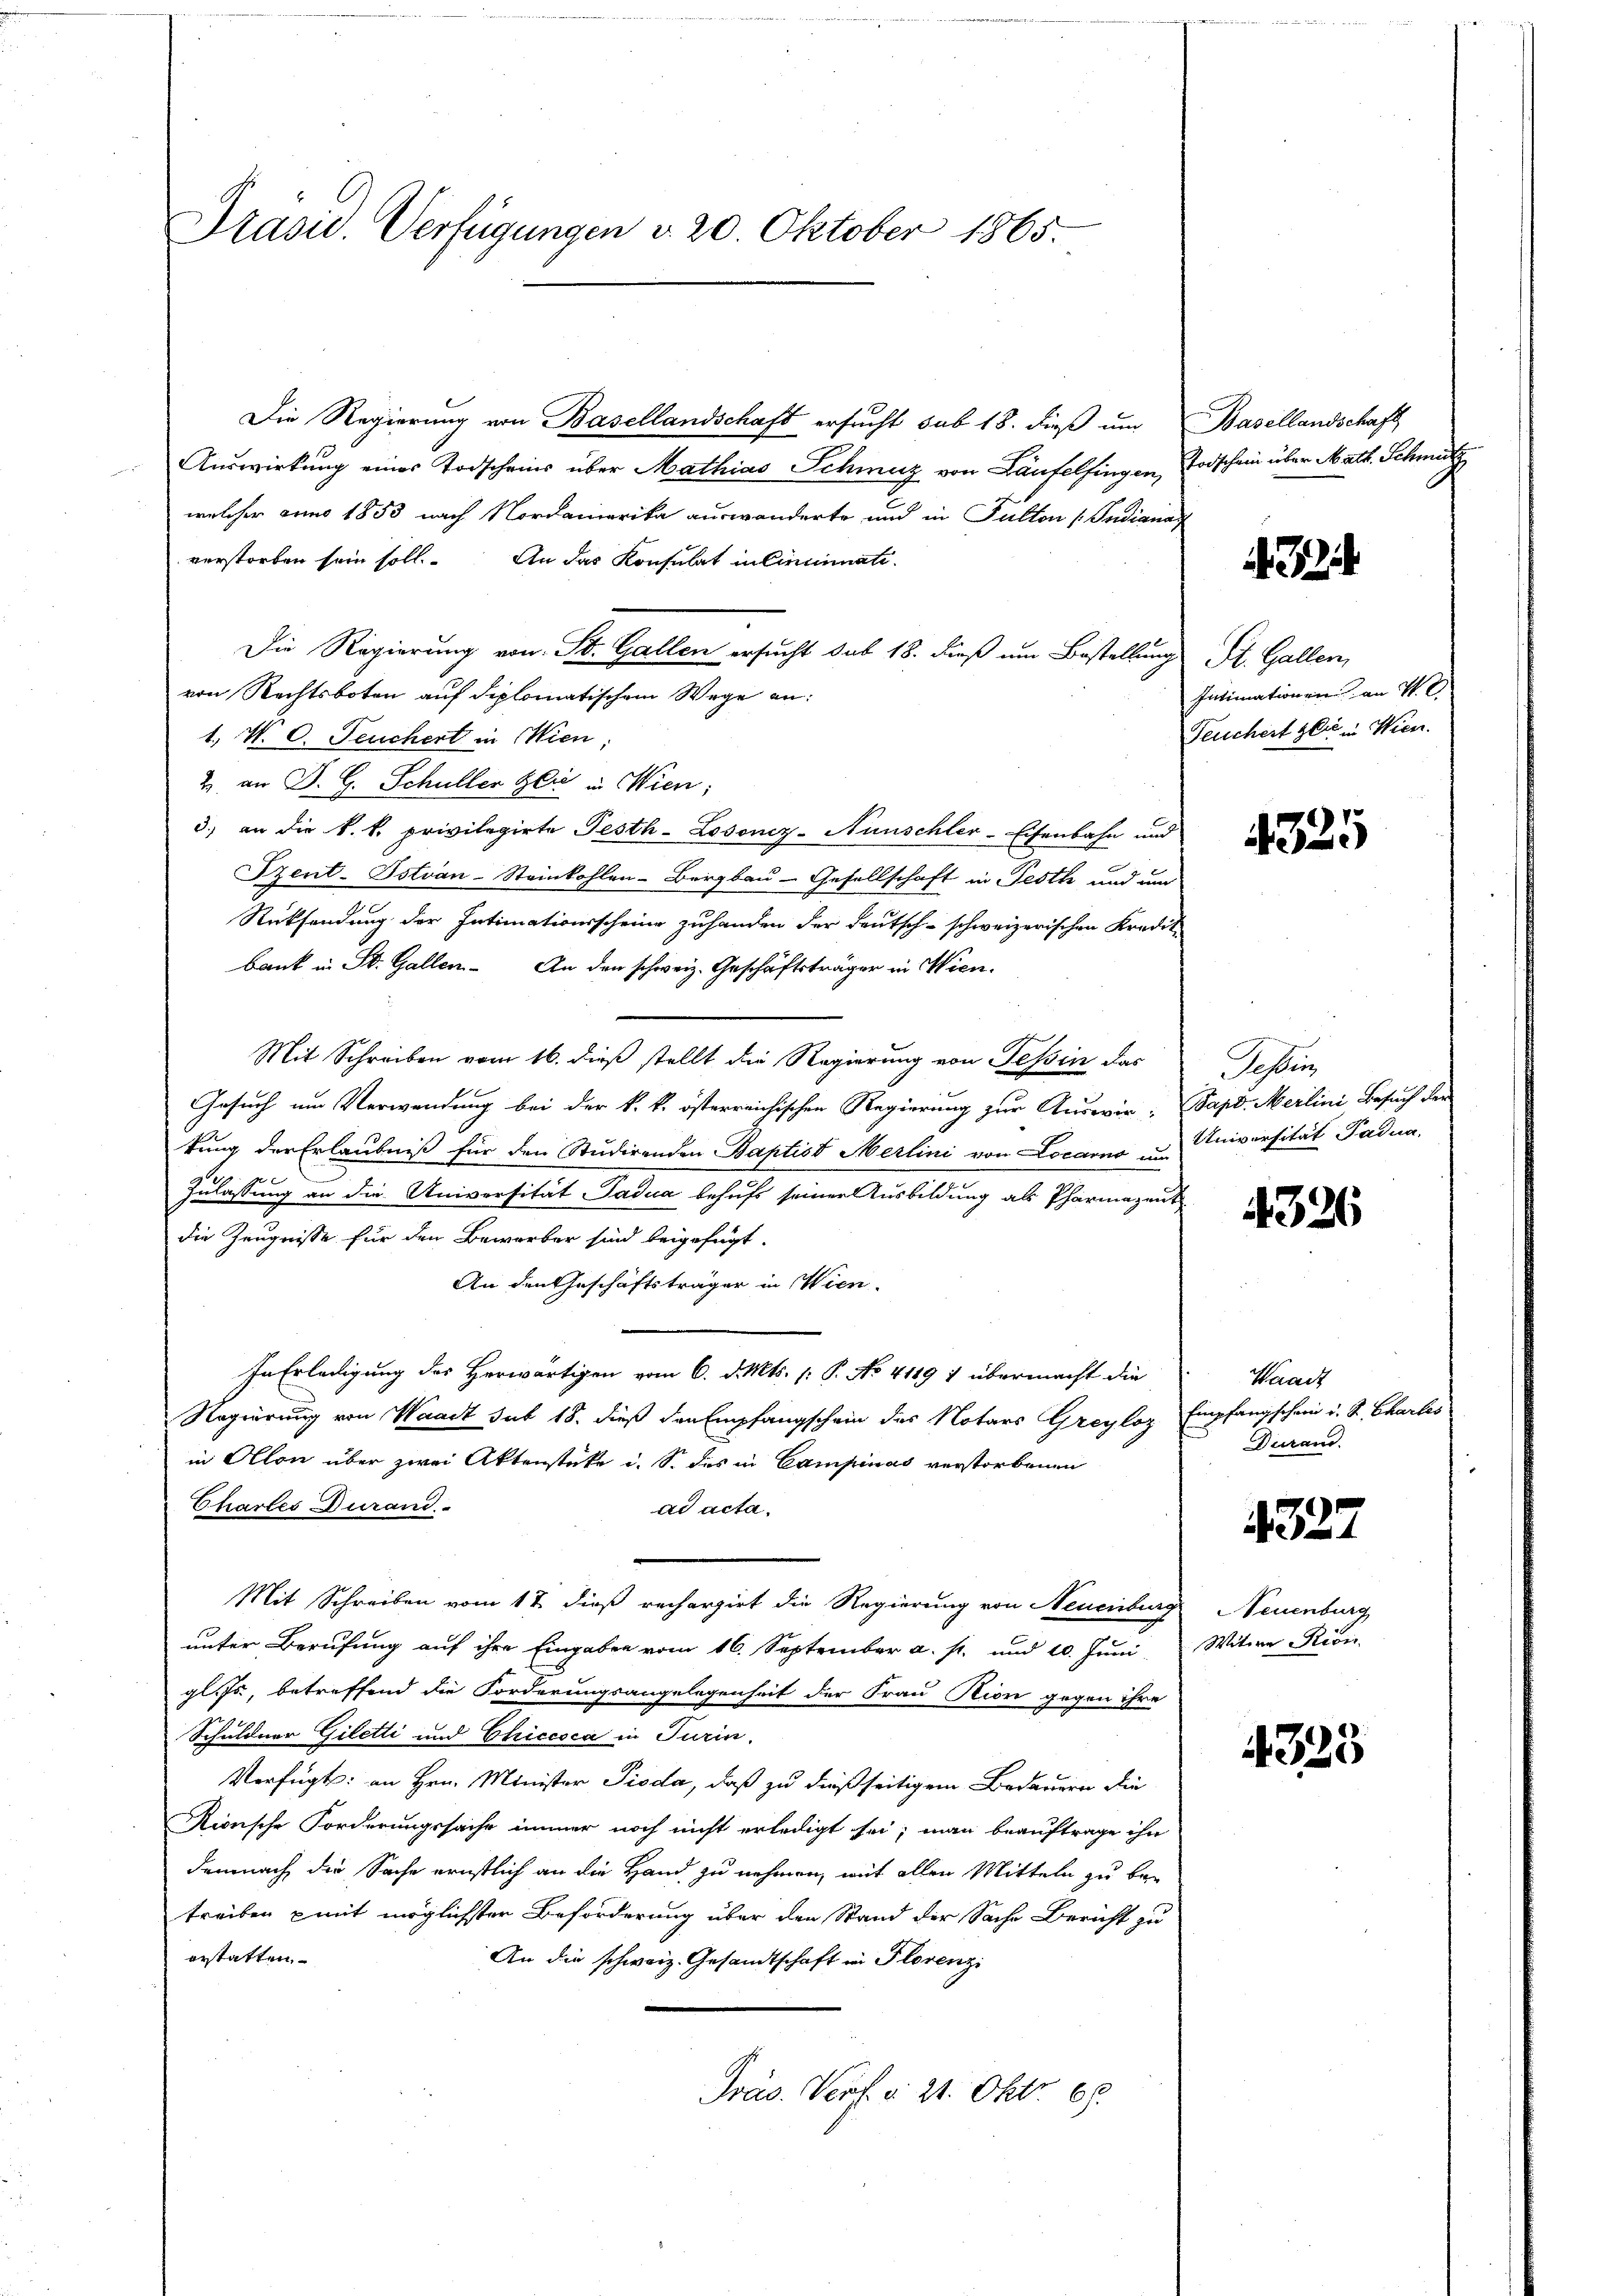
Präsid. Verfügungen d. 20. Oktober 1865.

Die Regierung von Basellandschaft ersucht sub 18. dieß um Basellandschaft
Auswirkung eines Todscheins über Mathias Schweiz von Laufelfingen Todschein über Math. Schmutz
welcher anno 1853 nach Nordamerika auswanderte und in Pulton Indiana
verstorben sein soll. An das Konsulat in Cincinati
Die Regierung von St. Gallen ersucht sub 18. dieß um Bestellung St. Gallen,
von Rechtsboten auf diplomatischem Wege an:
1. V. C. Feuchert in Wien,
2 an D. G. Schüller Gli in Wien,
3.) an die k. k. privilegirte Festh-Losoniz-Aunschler-Eisenbahn und
Szent-Istvan-Steinkohlen-Bergbau-Gesellschaft in Festh und und
Rücksendung der Intimationsscheine zuhanden der deutsch-schweizerischen Kredit-
bank in St. Gallen. An den schweiz. Geschäftsträger in Wien.
Mit Schreiben vom 16. dieß stellt die Regierung von Tessin das
Gesuch um Verwendung bei der k. k. österreichischen Regierung zur Auswir- Sapd. Merlini Besuch der
kung der Erlaubniß für den Studirenden Baptist Merlini von Locarno der Universität Paden,
Zulassung an die Universität Tadua behufs seiner Ausbildung als Pharmazent
die Zeugnisse für den Bewerber sind beigefügt.
An den Geschäftsträger in Wien.
In Erledigung des Herwärtigen vom 6. d. Mts. (: P. No 4119 1 übermacht die
Regierung von Waadt sub 18. dieß den Empfangschein des Notars Greyloz Empfangschein u. S. Charles
in Allon über zwei Aktenstücke u. S. das in Campinas verstorbenen
Chartes durand.
ad acta.
Mit Schreiben vom 17. dieß rechargirt die Regierung von Neuenburg Neuenburg
unter Berufung auf ihre Eingaben vom 16. September a. p. und 20. Juni, Witwe Rivi
gl. Js., betreffend die Forderungsangelegenheit der Frau Rion gegen ihre
Schuldner Giletti und Chiccoca in Turin,
Verfügt: an Hrn. Minister Pioda, daß zu dießseitigem Bedauern die
Rionsche Forderungssache immer noch nicht erledigt sei; man beauftrage ihn
demnach die Sache ernstlich an die Hand zu nehmen, mit allen Mitteln zu betreiben mit möglichster Beförderung über den Stand der Sache Bericht zu
erstatten.
An die schweiz. Gesandtschaft in Florenz
Präs. Verf. v. 21. Okt. 68.

1234

Intimationen an V. C
Feuchert gli in Wien.

4325

Sahlin

4326

Waadt
Durand.

327

4323